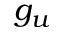
g _ { u }